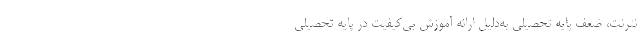
نترنت، ضعف پایه تحصیلی به‌دلیل ارائه آموزش بی‌کیفیت در پایه تحصیلی